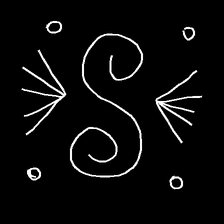
Glyph: aeroform